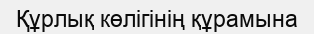
Құрлық көлігінің құрамына